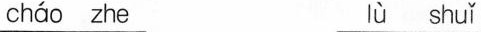
cháo zhe lù shuǐ